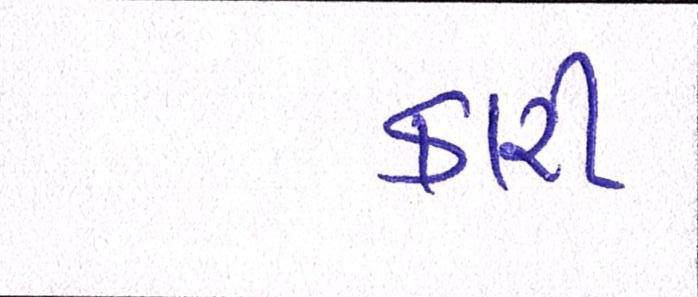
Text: કારી